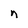
Character: n